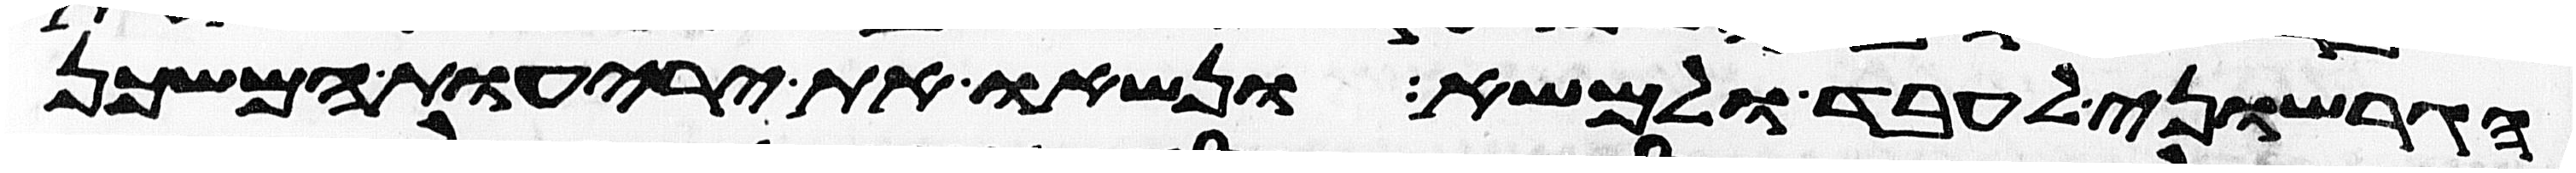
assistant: הגרשוני לעבד ולמשא ונשאו את יריעות המשכן